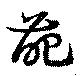
葩